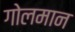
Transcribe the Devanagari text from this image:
गोलमान